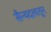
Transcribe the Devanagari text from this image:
सैन्यदलातून